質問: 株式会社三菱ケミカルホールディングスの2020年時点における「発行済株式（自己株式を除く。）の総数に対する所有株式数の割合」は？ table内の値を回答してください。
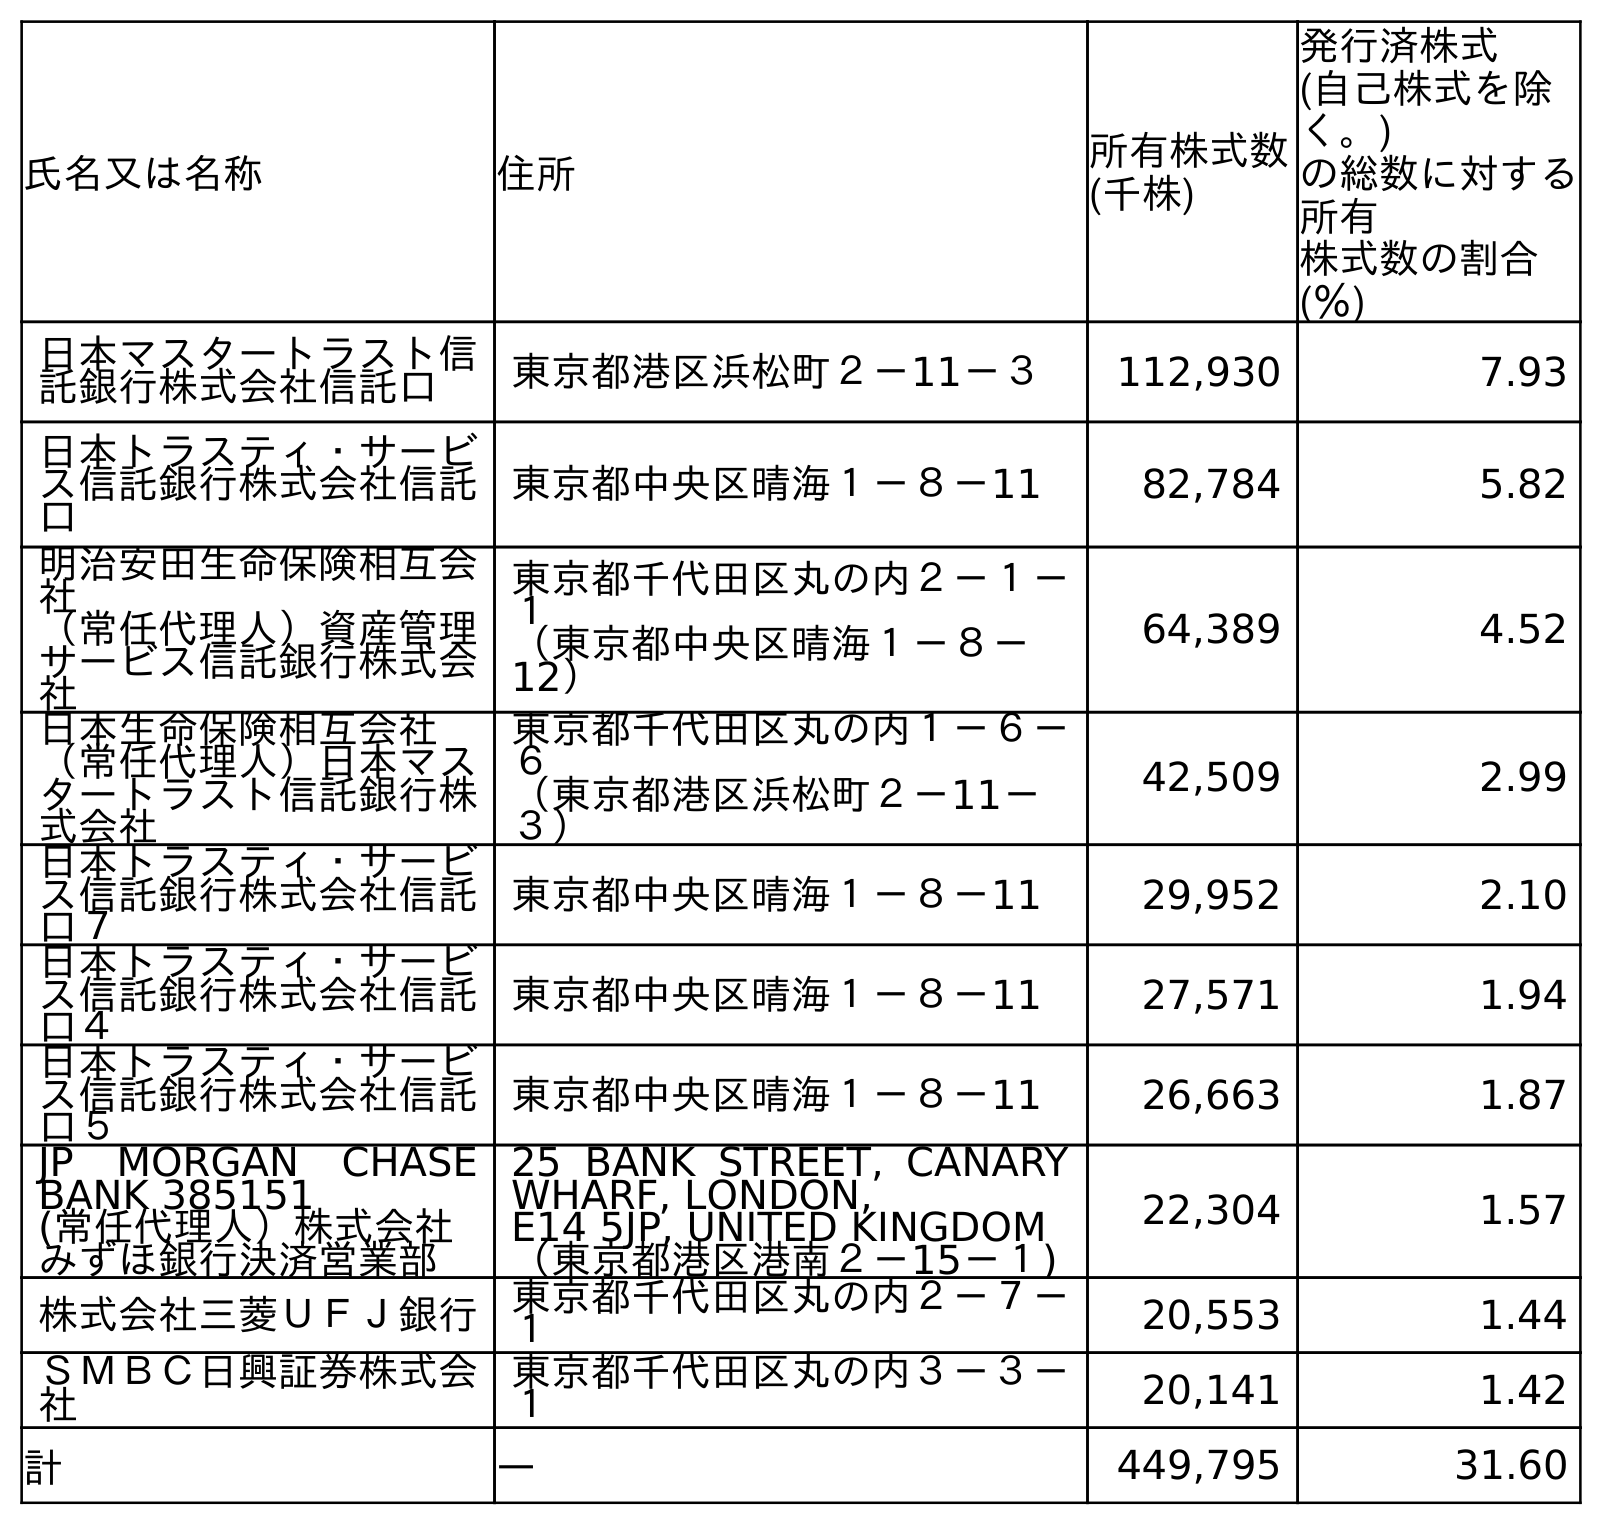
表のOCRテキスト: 氏名又は名称 住所 所有株式数 (千株) 発行済株式 (自己株式を除 く。) の総数に対する 所有 株式数の割合 (％) 日本マスタートラスト信 託銀行株式会社信託口 東京都港区浜松町２－11－３ 112,930 7.93 日本トラスティ・サービ ス信託銀行株式会社信託 口 東京都中央区晴海１－８－11 82,784 5.82 明治安田生命保険相互会 社 （常任代理人）資産管理 サービス信託銀行株式会 社 東京都千代田区丸の内２－１－ １ （東京都中央区晴海１－８－ 12） 64,389 4.52 日本生命保険相互会社 （常任代理人）日本マス タートラスト信託銀行株 式会社 東京都千代田区丸の内１－６－ ６ （東京都港区浜松町２－11－ ３） 42,509 2.99 日本トラスティ・サービ ス信託銀行株式会社信託 口７ 東京都中央区晴海１－８－11 29,952 2.10 日本トラスティ・サービ ス信託銀行株式会社信託 口４ 東京都中央区晴海１－８－11 27,571 1.94 日本トラスティ・サービ ス信託銀行株式会社信託 口５ 東京都中央区晴海１－８－11 26,663 1.87 JP MORGAN CHASE BANK 385151 (常任代理人）株式会社 みずほ銀行決済営業部 25 BANK STREET, CANARY WHARF, LONDON, E14 5JP, UNITED KINGDOM （東京都港区港南２－15－１) 22,304 1.57 株式会社三菱ＵＦＪ銀行 東京都千代田区丸の内２－７－ １ 20,553 1.44 ＳＭＢＣ日興証券株式会 社 東京都千代田区丸の内３－３－ １ 20,141 1.42 計 ― 449,795 31.60
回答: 31.60